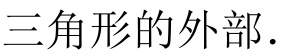
三角形的外部.